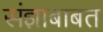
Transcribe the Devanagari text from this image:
संज्ञाबाबत